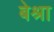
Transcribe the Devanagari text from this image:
बेश्रा